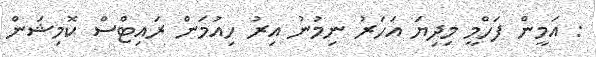
: އަމީން ފަހްމީ މިދިޔަ އަހަރު ނިމުނު އިރު ހިއުމަން ރައިޓްސް ކޮމިޝަން